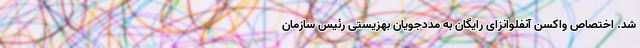
شد. اختصاص واکسن آنفلوانزای رایگان به مددجویان بهزیستی رئیس سازمان